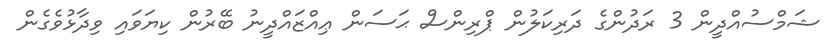
ޝަމްސުއްދީން 3 ރަދުންގެ ދަރިކަލުން ޕްރިންސް ޙަސަން ޢިއްޒައްދީނު ބޭރުން ކިޔަވައި ވިދާޅުވެގެން